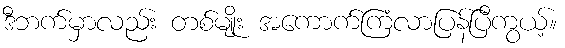
ဒီဘက်မှာလည်း တစ်မျိုး အကောက်ကြံလာပြန်ပြီကွယ့်။